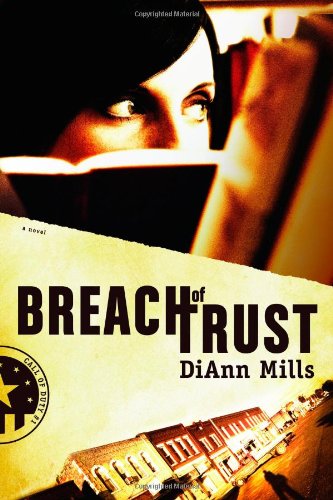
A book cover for Breach of Trust (Call of Duty Series, Book 1); DiAnn Mills; Religion & Spirituality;